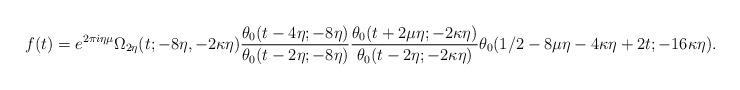
LaTeX: \begin{align*}f(t) = e^{2\pi i \eta \mu} \Omega_{2\eta}(t; -8\eta, -2\kappa \eta) \frac{\theta_0(t - 4\eta; -8\eta)}{\theta_0(t - 2\eta; -8\eta)} \frac{\theta_0(t + 2 \mu \eta; -2 \kappa \eta)}{\theta_0(t - 2\eta; -2\kappa\eta)} \theta_0(1/2 - 8\mu\eta - 4\kappa\eta + 2t; -16\kappa\eta).\end{align*}